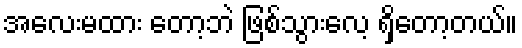
အလေးမထား တော့ဘဲ ဖြစ်သွားလေ့ ရှိတော့တယ်။